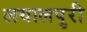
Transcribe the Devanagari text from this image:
लयालपुरी